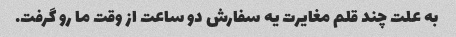
به علت چند قلم مغایرت یه سفارش دو ساعت از وقت ما رو گرفت.